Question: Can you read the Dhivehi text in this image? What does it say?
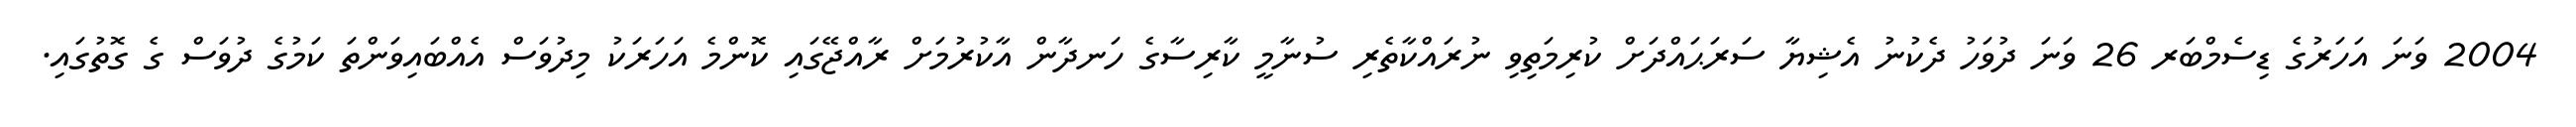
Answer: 2004 ވަނަ އަހަރުގެ ޑިސެމްބަރ 26 ވަނަ ދުވަހު ދެކުނު އެޝިޔާ ސަރަޙައްދަށް ކުރިމަތިވި ނުރައްކާތެރި ސުނާމީ ކާރިސާގެ ހަނދާން އާކުރުމަށް ރާއްޖޭގައި ކޮންމެ އަހަރަކު މިދުވަސް އެއްބައިވަންތަ ކަމުގެ ދުވަސް ގެ ގޮތުގައި.